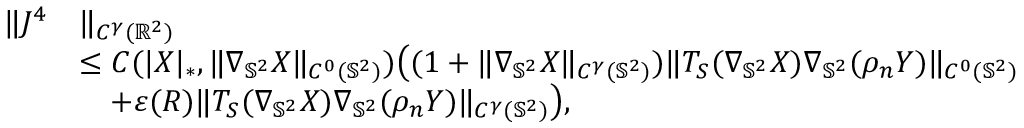
\begin{array} { r l } { \| J ^ { 4 } } & { \| _ { C ^ { \gamma } ( \mathbb { R } ^ { 2 } ) } } \\ & { \leq C ( | \boldsymbol { X } | _ { * } , \| \nabla _ { \mathbb { S } ^ { 2 } } \boldsymbol { X } \| _ { C ^ { 0 } ( \mathbb { S } ^ { 2 } ) } ) \big ( ( 1 + \| \nabla _ { \mathbb { S } ^ { 2 } } \boldsymbol { X } \| _ { C ^ { \gamma } ( \mathbb { S } ^ { 2 } ) } ) \| T _ { S } ( \nabla _ { \mathbb { S } ^ { 2 } } \boldsymbol { X } ) \nabla _ { \mathbb { S } ^ { 2 } } ( \rho _ { n } \boldsymbol { Y } ) \| _ { C ^ { 0 } ( \mathbb { S } ^ { 2 } ) } } \\ & { \quad + \varepsilon ( R ) \| T _ { S } ( \nabla _ { \mathbb { S } ^ { 2 } } \boldsymbol { X } ) \nabla _ { \mathbb { S } ^ { 2 } } ( \rho _ { n } \boldsymbol { Y } ) \| _ { C ^ { \gamma } ( \mathbb { S } ^ { 2 } ) } \big ) , } \end{array}